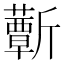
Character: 𣃕